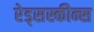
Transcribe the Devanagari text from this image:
रेड्सस्कीन्स